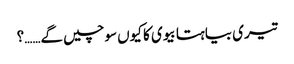
تیری بیاہتا بیوی کا کیوں سوچیں گے……؟